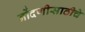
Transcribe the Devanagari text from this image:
नोंदणीसाठीचे